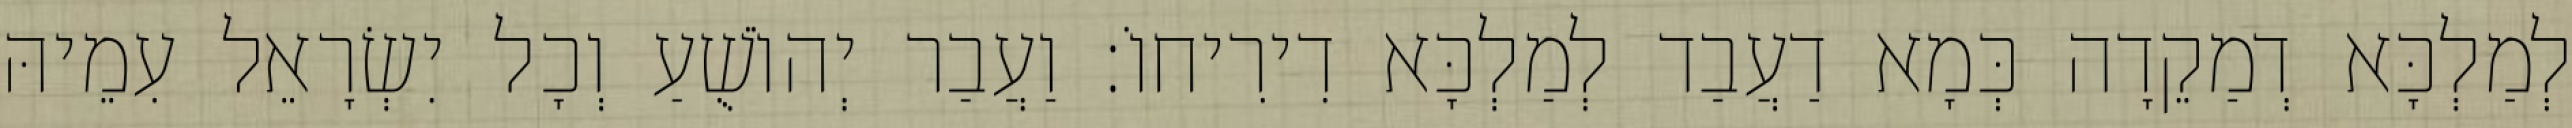
לְמַלְכָּא דְמַקֵדָה כְּמָא דַעֲבַד לְמַלְכָּא דִירִיחוֹ׃ וַעֲבַר יְהוֹשֻׁעַ וְכָל יִשְׂרָאֵל עִמֵיהּ